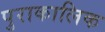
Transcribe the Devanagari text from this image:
पुराकालिक